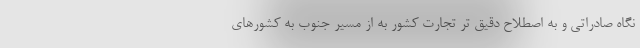
نگاه صادراتی و به اصطلاح دقیق تر تجارت کشور به از مسیر جنوب به کشورهای